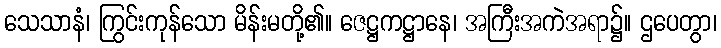
သေသာနံ၊ ကြွင်းကုန်သော မိန်းမတို့၏။ ဇေဋ္ဌကဋ္ဌာနေ၊ အကြီးအကဲအရာ၌။ ဌပေတွာ၊